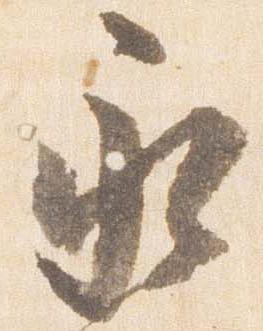
永